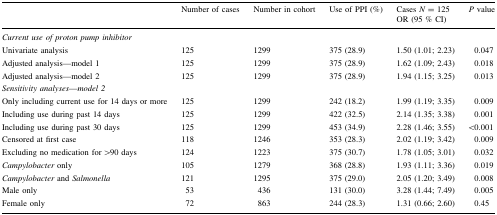
<table><thead><tr><td></td><td><b>Number of cases</b></td><td><b>Number in cohort</b></td><td><b>Use of PPI (%)</b></td><td><b>Cases <i>N</i> = 125 OR (95 % CI)</b></td><td><b><i>P</i> value</b></td></tr></thead><tbody><tr><td colspan="6"><i>Current use of proton pump inhibitor</i></td></tr><tr><td>Univariate analysis</td><td>125</td><td>1299</td><td>375 (28.9)</td><td>1.50 (1.01; 2.23)</td><td>0.047</td></tr><tr><td>Adjusted analysis—model 1</td><td>125</td><td>1299</td><td>375 (28.9)</td><td>1.62 (1.09; 2.43)</td><td>0.018</td></tr><tr><td>Adjusted analysis—model 2</td><td>125</td><td>1299</td><td>375 (28.9)</td><td>1.94 (1.15; 3.25)</td><td>0.013</td></tr><tr><td colspan="6"><i>Sensitivity analyses</i>—<i>model 2</i></td></tr><tr><td>Only including current use for 14 days or more</td><td>125</td><td>1299</td><td>242 (18.2)</td><td>1.99 (1.19; 3.35)</td><td>0.009</td></tr><tr><td>Including use during past 14 days</td><td>125</td><td>1299</td><td>422 (32.5)</td><td>2.14 (1.35; 3.38)</td><td>0.001</td></tr><tr><td>Including use during past 30 days</td><td>125</td><td>1299</td><td>453 (34.9)</td><td>2.28 (1.46; 3.55)</td><td>&lt;0.001</td></tr><tr><td>Censored at first case</td><td>118</td><td>1246</td><td>353 (28.3)</td><td>2.02 (1.19; 3.42)</td><td>0.009</td></tr><tr><td>Excluding no medication for &gt;90 days</td><td>124</td><td>1223</td><td>375 (30.7)</td><td>1.78 (1.05; 3.01)</td><td>0.032</td></tr><tr><td><i>Campylobacter</i> only</td><td>105</td><td>1279</td><td>368 (28.8)</td><td>1.93 (1.11; 3.36)</td><td>0.019</td></tr><tr><td><i>Campylobacter</i> and <i>Salmonella</i></td><td>121</td><td>1295</td><td>375 (29.0)</td><td>2.05 (1.20; 3.49)</td><td>0.008</td></tr><tr><td>Male only</td><td>53</td><td>436</td><td>131 (30.0)</td><td>3.28 (1.44; 7.49)</td><td>0.005</td></tr><tr><td>Female only</td><td>72</td><td>863</td><td>244 (28.3)</td><td>1.31 (0.66; 2.60)</td><td>0.45</td></tr></tbody></table>